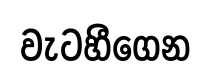
වැටහීගෙන